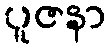
ပူဇနာ